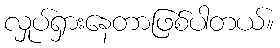
လှုပ်ရှားနေတာဖြစ်ပါတယ်။